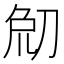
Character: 𠜰